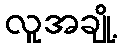
လူအချို့